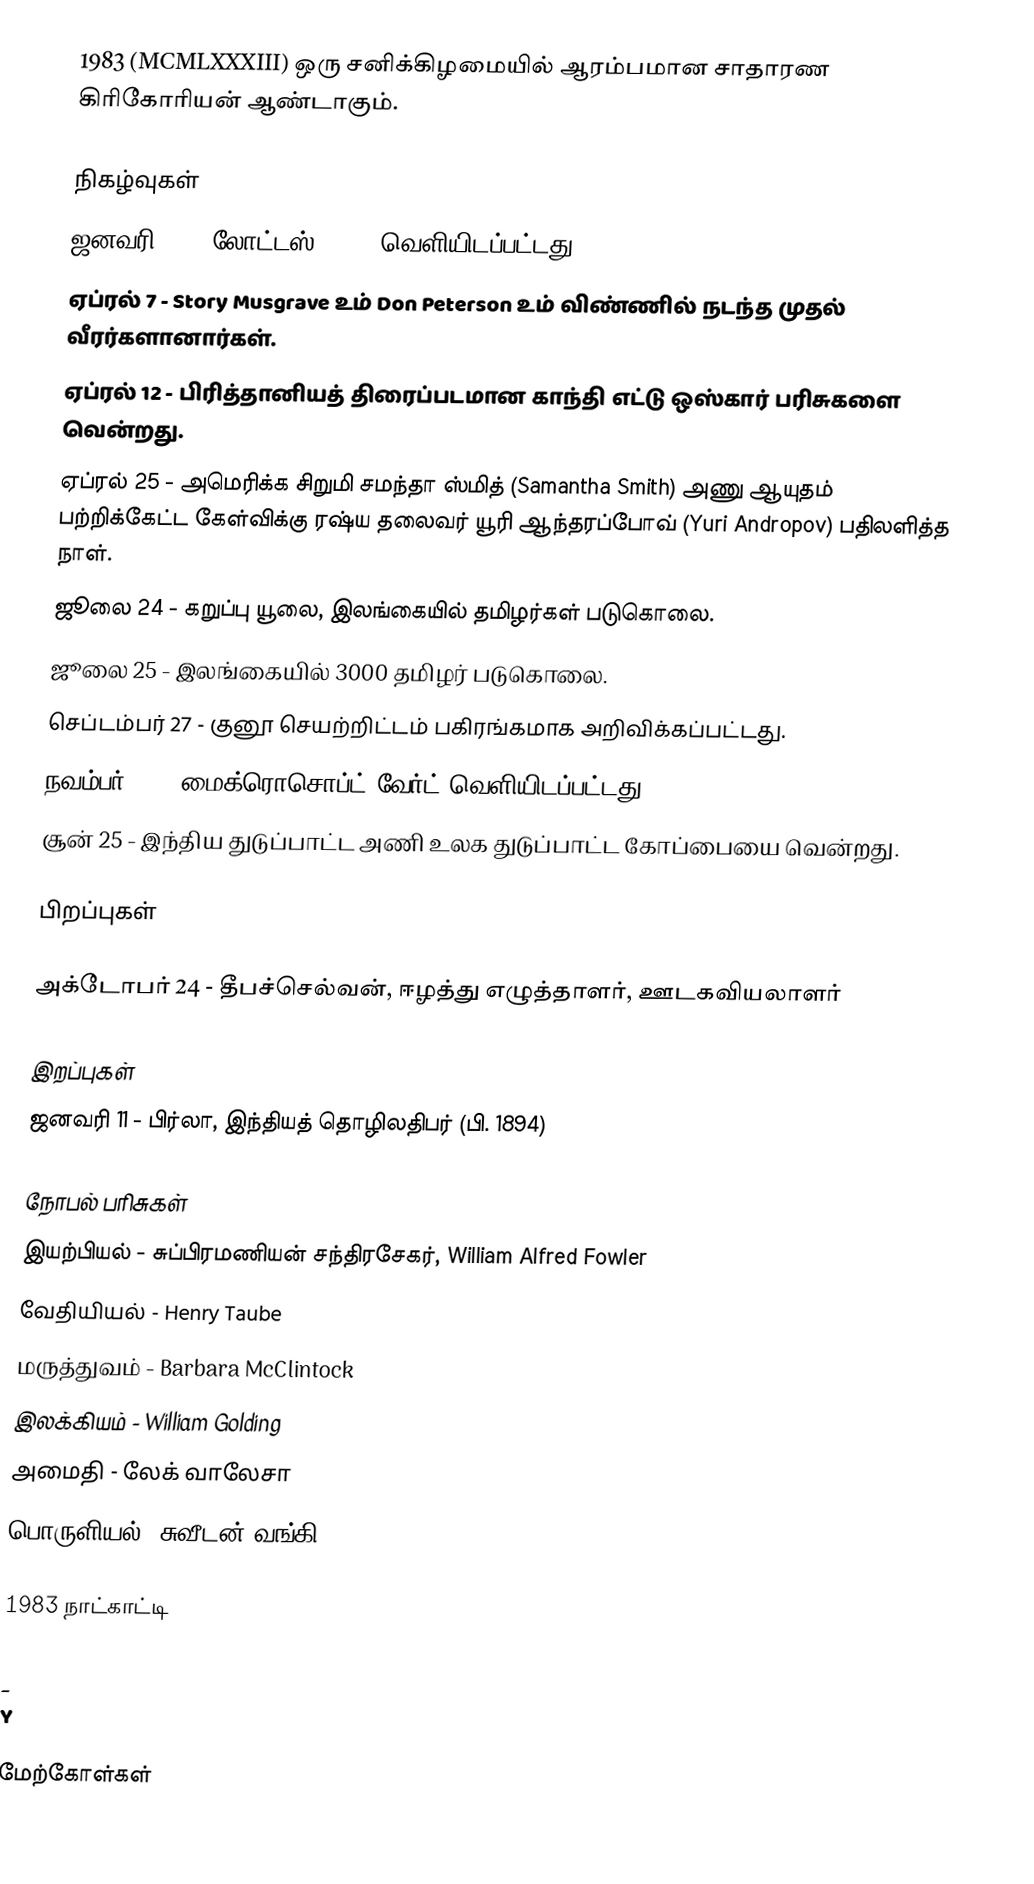
1983 (MCMLXXXIII) ஒரு சனிக்கிழமையில் ஆரம்பமான சாதாரண கிரிகோரியன் ஆண்டாகும்.

நிகழ்வுகள்
 ஜனவரி 23 - லோட்டஸ் 1-2-3 வெளியிடப்பட்டது.
 ஏப்ரல் 7 - Story Musgrave உம் Don Peterson உம் விண்ணில் நடந்த முதல் வீரர்களானார்கள்.
 ஏப்ரல் 12 - பிரித்தானியத் திரைப்படமான காந்தி எட்டு ஒஸ்கார் பரிசுகளை வென்றது.
 ஏப்ரல் 25 - அமெரிக்க சிறுமி சமந்தா ஸ்மித் (Samantha Smith) அணு ஆயுதம் பற்றிக்கேட்ட கேள்விக்கு ரஷ்ய தலைவர் யூரி ஆந்தரப்போவ் (Yuri Andropov) பதிலளித்த நாள்.
 ஜூலை 24 - கறுப்பு யூலை, இலங்கையில் தமிழர்கள் படுகொலை.
 ஜூலை 25 - இலங்கையில் 3000 தமிழர் படுகொலை.
 செப்டம்பர் 27 - குனூ செயற்றிட்டம் பகிரங்கமாக அறிவிக்கப்பட்டது.
 நவம்பர் 30 - மைக்ரொசொப்ட் வேர்ட் வெளியிடப்பட்டது.
 சூன் 25 - இந்திய துடுப்பாட்ட அணி உலக துடுப்பாட்ட கோப்பையை வென்றது.

பிறப்புகள்

 அக்டோபர் 24 - தீபச்செல்வன், ஈழத்து எழுத்தாளர், ஊடகவியலாளர்

இறப்புகள்
 ஜனவரி 11 - பிர்லா, இந்தியத் தொழிலதிபர் (பி. 1894)

நோபல் பரிசுகள்
 இயற்பியல் - சுப்பிரமணியன் சந்திரசேகர், William Alfred Fowler
 வேதியியல் - Henry Taube
 மருத்துவம் - Barbara McClintock
 இலக்கியம் - William Golding
 அமைதி - லேக் வாலேசா
 பொருளியல் (சுவீடன் வங்கி) - Gerard Debreu

1983 நாட்காட்டி

_
Y

மேற்கோள்கள்